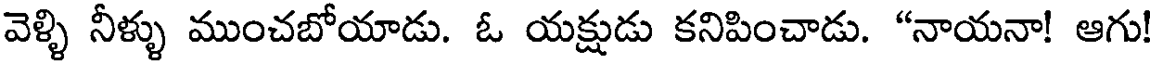
వెళ్ళి నీళ్ళు ముంచబోయాడు. ఓ యక్షుడు కనిపించాడు. "నాయనా! ఆగు!